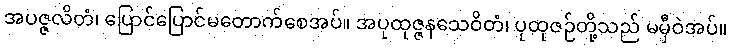
အပဇ္ဇလိတံ၊ ပြောင်ပြောင်မတောက်စေအပ်။ အပုထုဇ္ဇနသေဝိတံ၊ ပုထုဇဉ်တို့သည် မမှီဝဲအပ်။